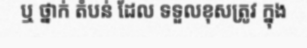
ឬ ថ្នាក់ តំបន់ ដែល ទទួលខុសត្រូវ ក្នុង